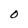
Character: O